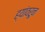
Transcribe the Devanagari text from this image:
ह्यांवरून